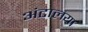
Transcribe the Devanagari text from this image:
अंटालया